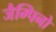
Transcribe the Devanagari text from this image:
जैम्पिनो